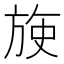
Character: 𬀈